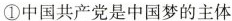
①中国共产党是中国梦的主体